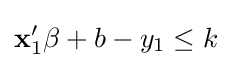
\mathbf {x} '_{1}\mathbf {\beta } +b-y_{1}\leq k